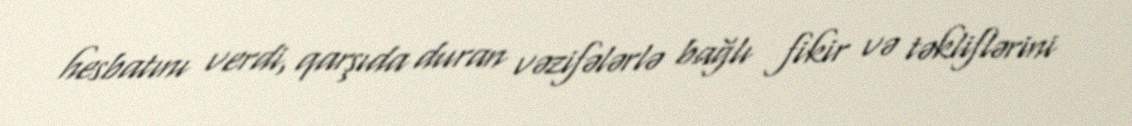
hesbatını verdi, qarşıda duran vəzifələrlə bağlı fikir və təkliflərini